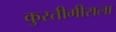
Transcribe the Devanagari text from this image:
कुस्तीगीराला